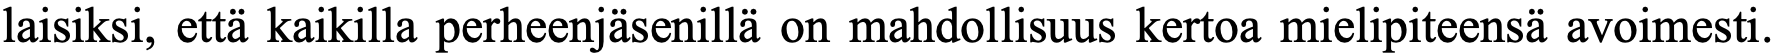
laisiksi, että kaikilla perheenjäsenillä on mahdollisuus kertoa mielipiteensä avoimesti.